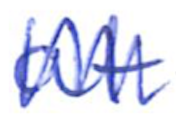
Text: at
Cross-out: zig-zag
Writing tool: ballpoint